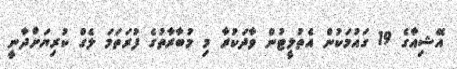
އޭޝިއާގެ 19 ގައުމަކުން އެތުލީޓުން ވާދަކުރާ މި މުބާރާތުގެ ފުރަތަމަ ލެގް ކުރިޔަށްދާނީ